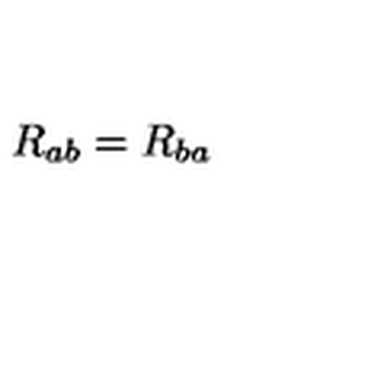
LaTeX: R _ { a b } = R _ { b a }